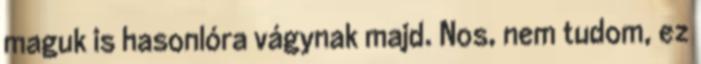
maguk is hasonlóra vágynak majd. Nos, nem tudom, ez